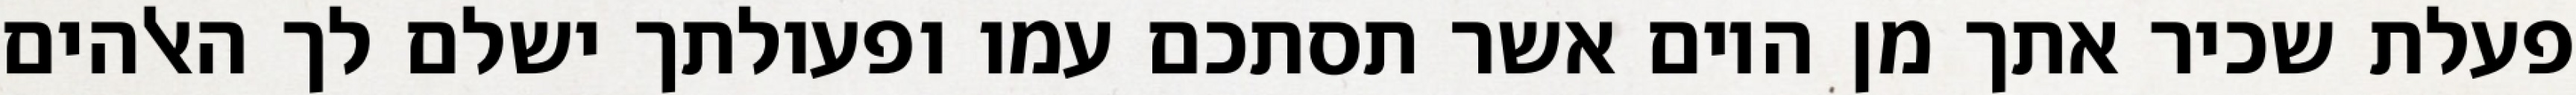
פעלת שכיר אתך מן היום אשר תסתכם עמו ופעולתך ישלם לך האלהים